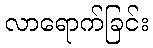
လာရောက်ခြင်း